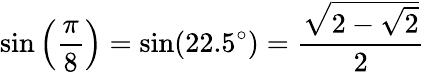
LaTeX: \sin\left({\frac{\pi}{8}}\right)=\sin(22.5^{\circ})={\frac{\sqrt{2-{\sqrt{2}}}}{2}}